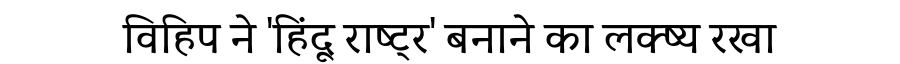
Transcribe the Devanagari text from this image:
विहिप ने 'हिंदू राष्ट्र' बनाने का लक्ष्य रखा